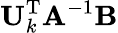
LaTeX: \mathbf{U}_{k}^{\mathrm{T}}\mathbf{A}^{-1}\mathbf{B}